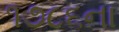
૧૭૮૬ના